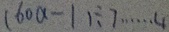
( 6 0 a - 1 ) \div 7 \cdots 4